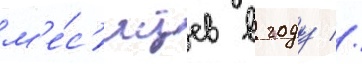
м'е́с'яцев в году //